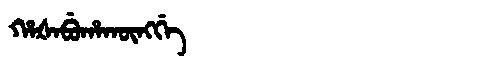
Manchu: ᡥᠠᡧᠠᠪᡠᡥᠠᡴᡡᠩᡤᡝ
Romanization: HAŠABUHAKŪNGGE